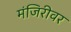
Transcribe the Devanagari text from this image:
मंजिरीवर